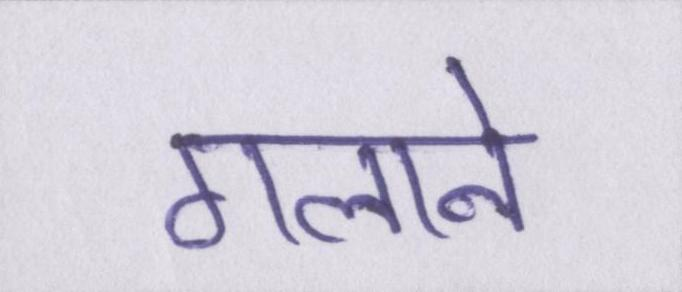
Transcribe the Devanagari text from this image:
गलाने